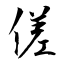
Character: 傞